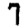
Digit: 7